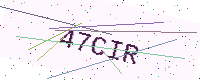
Text: 47CIR